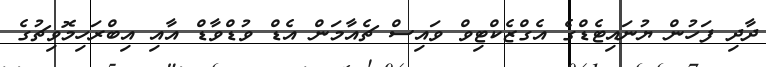
ދާދި ފަހުން ޔުނައިޓެޑްގެ އެގްޒެކްޓިވް ވައިސް ޗެއާމަން އެޑް ވުޑްވާޑް އާއި އިބްރަހިމޮވިޗުގެ